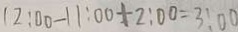
1 2 : 0 0 - 1 1 : 0 0 + 2 : 0 0 = 3 : 0 0